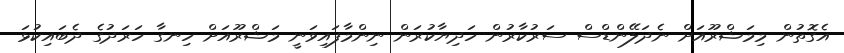
އެގޮތުން މިމަޝްރޫއަށް ނެދަލޭންޑްސް ސަރުކާރުން ހަދިޔާކުރަން ނިންމާފައިވަނީ މަޝްރޫއަށް ހިނގާ ހަރަދުގެ ދެބައިކުޅަ